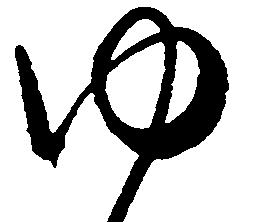
ゆ